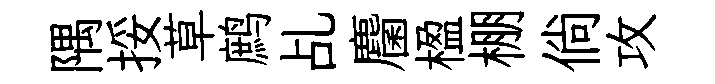
隅挼草鹧乩麕楹棚倘攻